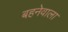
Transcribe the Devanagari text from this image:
बहनेवाला